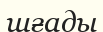
шғады